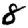
Digit: 8